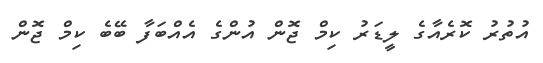
އުތުރު ކޮރެއާގެ ލީޑަރު ކިމް ޖޮން އުންގެ އެއްބަފާ ބޭބެ ކިމް ޖޮން